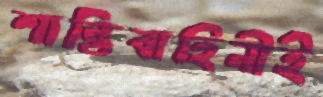
শান্তিবাহিনীই